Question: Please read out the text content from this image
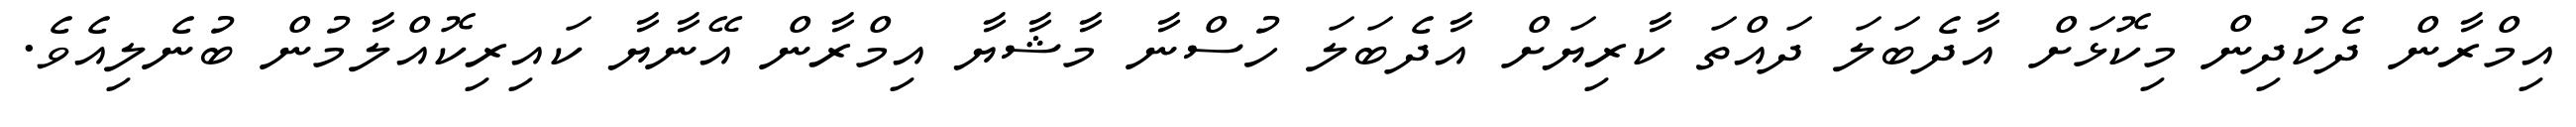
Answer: އިމްރާން ދެކުދިން މިކޮޅަށް އާދެބަލަ ދައްތަ ކާރިޔަށް އާދެބަލަ ހުސްނާ މާޝާޔާ އިމްރާން އޭނާޔާ ކައިރިކޮއްލާމުން ބުނެލިއެވެ.